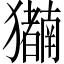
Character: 𬍍